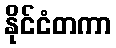
နိုင်ငံတကာ